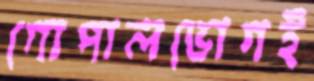
গোপালভোগই